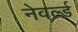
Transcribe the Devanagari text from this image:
नेवर्ल्ड